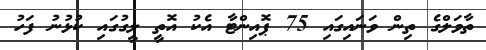
ތާވަލްގެ ތިން ވަނައިގައި 75 ޕޮއިންޓާ އެކު އޮތީ ލީގުގައި ކުޅުނު ފަހު